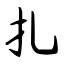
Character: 扎